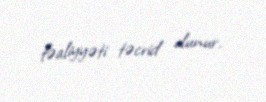
fəaliyyəti təcrid olunur.